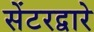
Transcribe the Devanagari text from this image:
सेंटरद्वारे